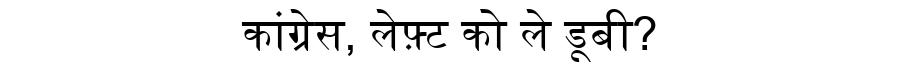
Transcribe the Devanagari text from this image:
कांग्रेस, लेफ़्ट को ले डूबी?